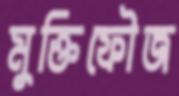
মুক্তিফৌজ